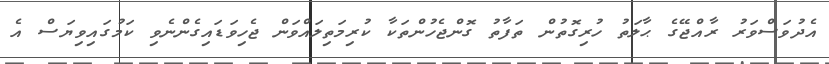
އެދުވަސްވަރު ރާއްޖޭގެ ޙާލަތު ހުރިގޮތުން ތަފާތު ގޮންޖެހުންތަކާ ކުރިމަތިލައްވަން ޖެހިވަޑައިގެންނެވި ކަމުގައިވިޔަސް އެ